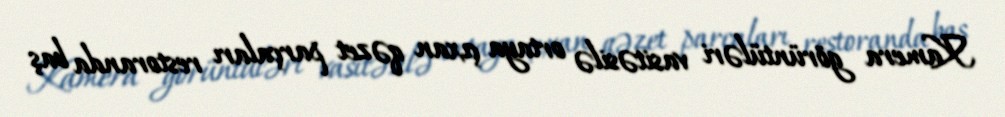
Kamera görüntüləri vasitəsilə ortaya çıxan qəzet parçaları restoranda baş